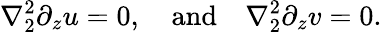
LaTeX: \nabla_{2}^{2}\partial_{z}u=0,\quad\textrm{and}\quad\nabla_{2}^{2}\partial_{z}v=0.